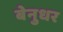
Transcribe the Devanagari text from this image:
बेनुधर